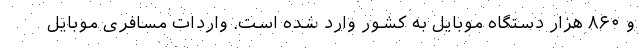
و ۸۶۰ هزار دستگاه موبایل به کشور وارد شده است. واردات مسافری موبایل